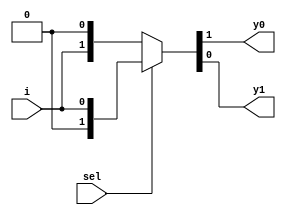
module demux_2_1(
  input sel,
  input i,
  output y0, y1);
  
  assign {y0,y1} = sel?{1'b0,i}: {i,1'b0};
endmodule